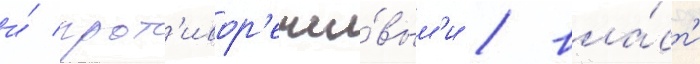
и́ прот'ивор'ечи́вым'и / вла́ст'и